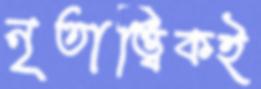
নৃতাত্ত্বিকই